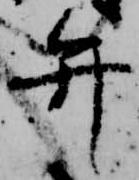
弁